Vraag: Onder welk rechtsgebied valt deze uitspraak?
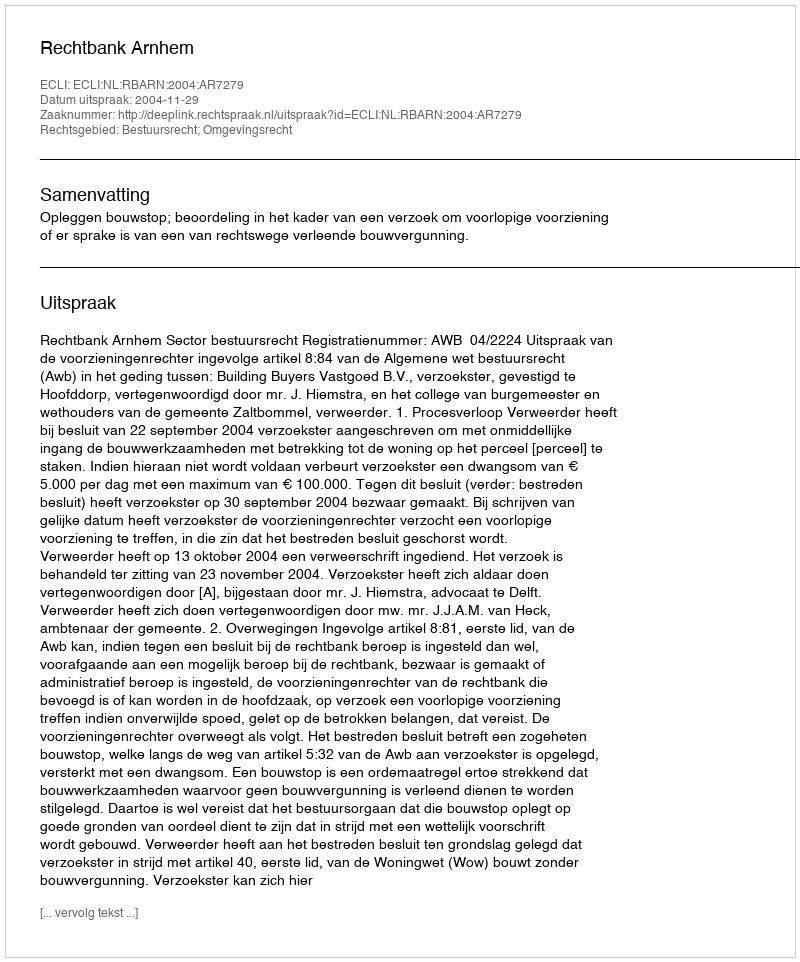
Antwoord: Bestuursrecht; Omgevingsrecht